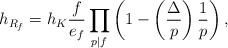
LaTeX: \begin{align*}h_{R_f}=h_K {f \over e_f}\prod_{p|f}\left(1-\left({\Delta\over p}\right){1\over p}\right),\end{align*}